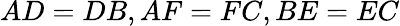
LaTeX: AD=DB,AF=FC,BE=EC